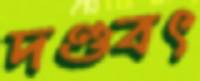
দণ্ডবৎ